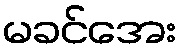
မခင်အေး